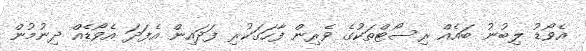
އެވޯޑު ލިބުނު ބައެއް ރިސޯޓްތަކުގެ ވެރިން ފާހަގަކުރި ފަދައިން އެފަދަ އެވޯޑެއް ދިނުމުން